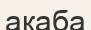
акаба